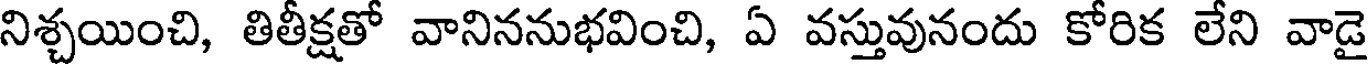
నిశ్చయించి, తితీక్షతో వానిననుభవించి, ఏ వస్తువునందు కోరిక లేని వాడై